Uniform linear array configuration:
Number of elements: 8
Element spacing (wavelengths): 0.5
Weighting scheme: uniform
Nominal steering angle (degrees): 60
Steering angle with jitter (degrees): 58.506
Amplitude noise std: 0.05
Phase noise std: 0.05

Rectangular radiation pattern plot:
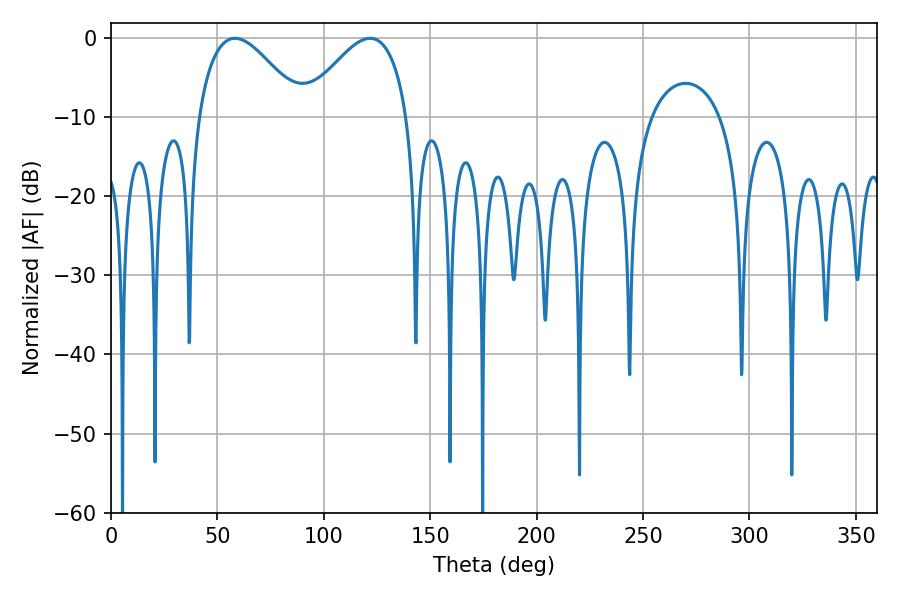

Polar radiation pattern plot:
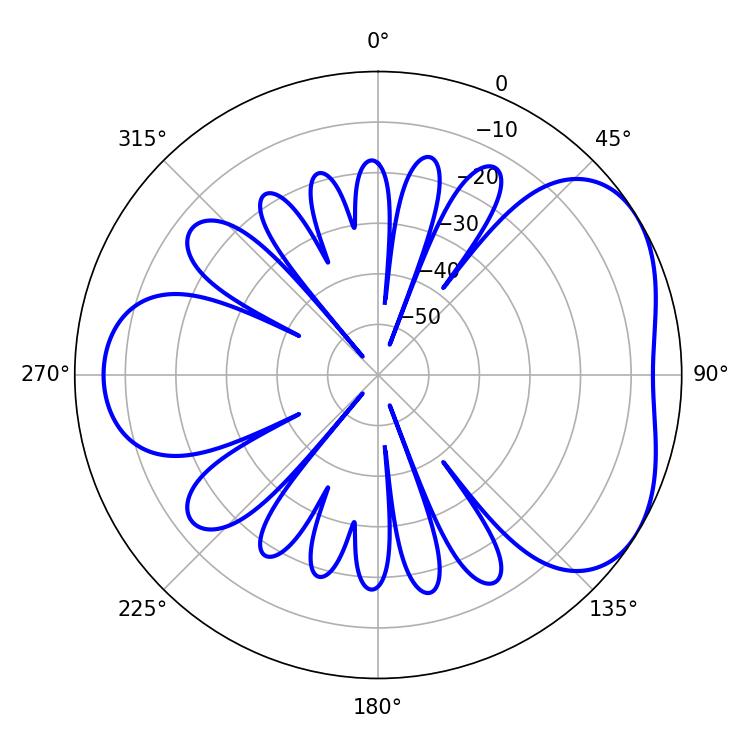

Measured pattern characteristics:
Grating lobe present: FALSE
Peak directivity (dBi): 4.314
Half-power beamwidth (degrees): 26.46
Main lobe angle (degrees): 58.32